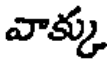
వాక్కు